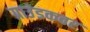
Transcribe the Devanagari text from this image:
ग्राउंडकवर